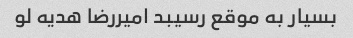
بسیار به موقع رسیبد امیررضا هدیه لو